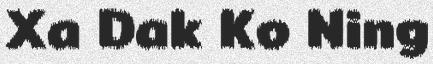
Xa Dak Ko Ning